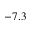
- 7 . 3